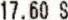
17.60 S